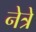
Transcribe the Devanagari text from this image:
नेत्रे